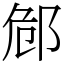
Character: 䣀